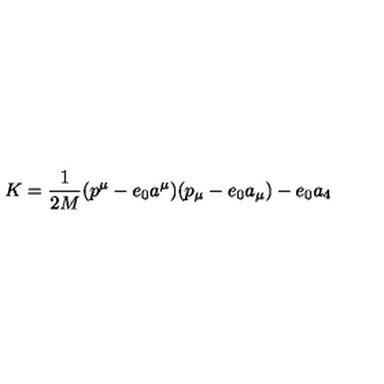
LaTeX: K = \frac { 1 } { 2 M } ( p ^ { \mu } - e _ { 0 } a ^ { \mu } ) ( p _ { \mu } - e _ { 0 } a _ { \mu } ) - e _ { 0 } a _ { 4 }